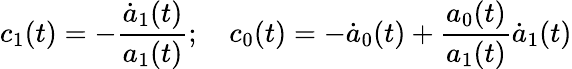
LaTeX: c_{1}(t)=-\frac{\dot{a}_{1}(t)}{a_{1}(t)};~~~~c_{0}(t)=-\dot{a}_{0}(t)+\frac{a_{0}(t)}{a_{1}(t)}\dot{a}_{1}(t)